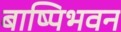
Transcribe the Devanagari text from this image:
बाष्पिभवन